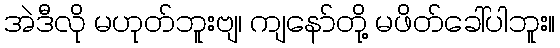
အဲဒီလို မဟုတ်ဘူးဗျ၊ ကျနော်တို့ မဖိတ်ခေါ်ပါဘူး။